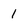
Character: 1